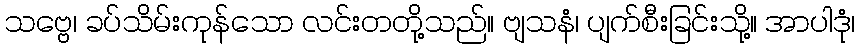
သဗ္ဗေ၊ ခပ်သိမ်းကုန်သော လင်းတတို့သည်။ ဗျသနံ၊ ပျက်စီးခြင်းသို့။ အာပါဒုံ၊